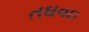
તઘવઇ